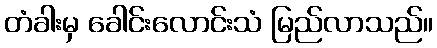
တံခါးမှ ခေါင်းလောင်းသံ မြည်လာသည်။